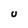
Character: U